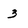
Character: 3